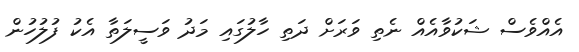
އެއްވެސް ޝަކުވާއެއް ނެތި ވަރަށް ދަތި ހާލުގައި މަދު ވަސީލަތާ އެކު ފުލުހުން